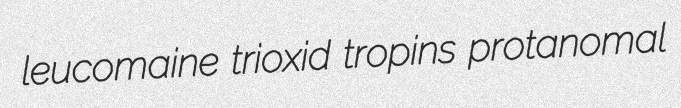
leucomaine trioxid tropins protanomal